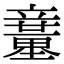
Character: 𥫍